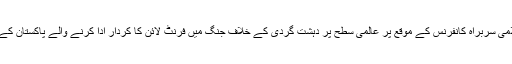
سعودی عرب کے دارالحکومت ریاض میں امریکہ عرب اسلامی سربراہ کانفرنس کے موقع پر عالمی سطح پر دہشت گردی کے خلاف جنگ میں فرنٹ لائن کا کردار ادا کرنے والے پاکستان کے وزیراعظم کو اپنا نقطہ نظر بیان کرنے کا موقع نہیں دیا گیا۔